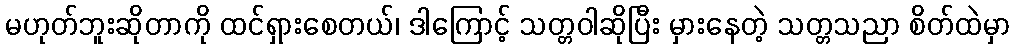
မဟုတ်ဘူးဆိုတာကို ထင်ရှားစေတယ်၊ ဒါကြောင့် သတ္တဝါဆိုပြီး မှားနေတဲ့ သတ္တသညာ စိတ်ထဲမှာ